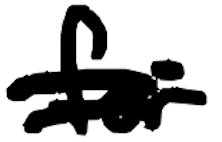
Text: for
Cross-out: double-line
Writing tool: digital_black